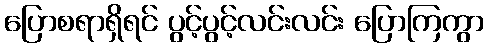
ပြောစရာရှိရင် ပွင့်ပွင့်လင်းလင်း ပြောကြကွာ